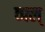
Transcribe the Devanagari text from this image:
व्फ्ल्